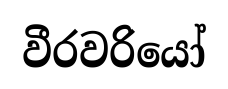
වීරවරියෝ